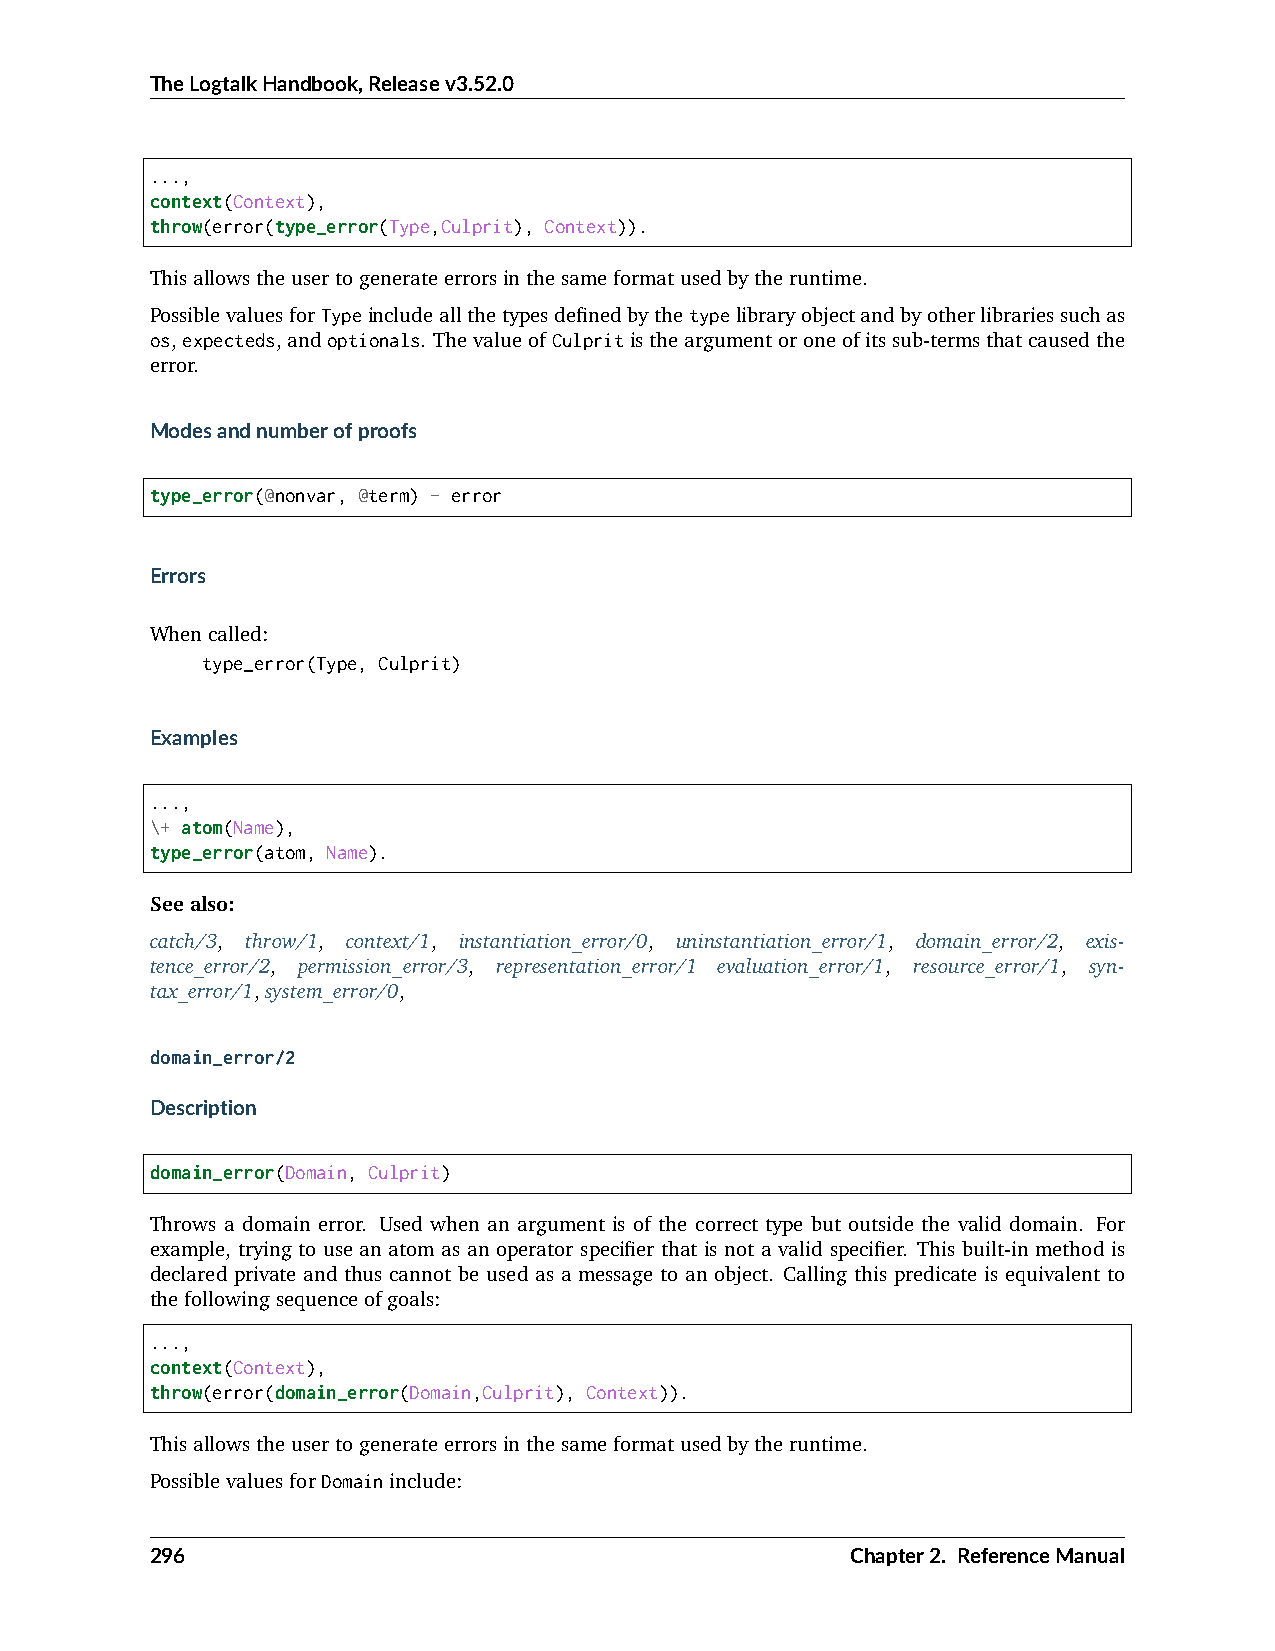
TheLogtalkHandbook,Releasev3.52.0
 ...,
 context(Context),
 throw(error(type_error(Type,Culprit), Context)).
 Thisallowstheusertogenerateerrorsinthesameformatusedbytheruntime.
 PossiblevaluesforTypeincludeallthetypesdefinedbythetypelibraryobjectandbyotherlibrariessuchas
 os,expecteds,andoptionals. ThevalueofCulpritistheargumentoroneofitssub-termsthatcausedthe
 error.
 Modesandnumberofproofs
 type_error(@nonvar, @term) - error
 Errors
 Whencalled:
 type_error(Type, Culprit)
 Examples
 ...,
 \+ atom(Name),
 type_error(atom, Name).
 Seealso:
 catch/3, throw/1, context/1, instantiation_error/0, uninstantiation_error/1, domain_error/2, exis-
 tence_error/2, permission_error/3, representation_error/1 evaluation_error/1, resource_error/1, syn-
 tax_error/1,system_error/0,
 domain_error/2
 Description
 domain_error(Domain, Culprit)
 Throws a domain error. Used when an argument is of the correct type but outside the valid domain. For
 example, trying to use an atom as an operator specifier that is not a valid specifier. This built-in method is
 declared private and thus cannot be used as a message to an object. Calling this predicate is equivalent to
 thefollowingsequenceofgoals:
 ...,
 context(Context),
 throw(error(domain_error(Domain,Culprit), Context)).
 Thisallowstheusertogenerateerrorsinthesameformatusedbytheruntime.
 PossiblevaluesforDomaininclude:
 296                                           Chapter2. ReferenceManual